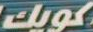
كويك